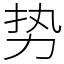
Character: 势